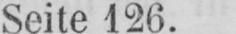
Seite 126.